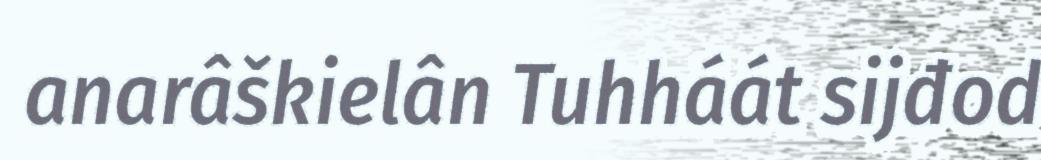
anarâškielân Tuhháát sijđod